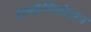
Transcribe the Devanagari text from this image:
शब्दोनियोजन